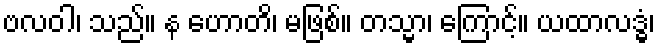
ဗလဝါ၊ သည်။ န ဟောတိ၊ မဖြစ်။ တသ္မာ၊ ကြောင့်။ ယထာလဒ္ဓံ၊